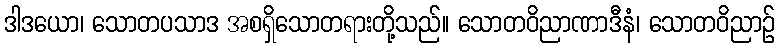
ဒါဒယော၊ သောတပသာဒ အစရှိသောတရားတို့သည်။ သောတဝိညာဏာဒီနံ၊ သောတဝိညာဉ်